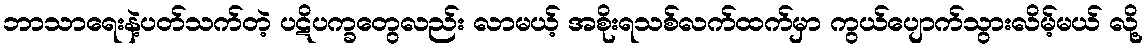
ဘာသာရေးနဲ့ပတ်သက်တဲ့ ပဋိပက္ခတွေလည်း လာမယ့် အစိုးရသစ်လက်ထက်မှာ ကွယ်ပျောက်သွားလိမ့်မယ် လို့